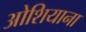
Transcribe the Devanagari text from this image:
ओशियाना